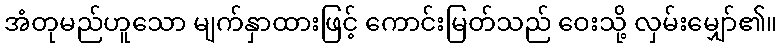
အံတုမည်ဟူသော မျက်နှာထားဖြင့် ကောင်းမြတ်သည် ဝေးသို့ လှမ်းမျှော်၏။